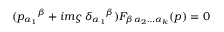
( p _ { \alpha _ { 1 } } { } ^ { \beta } + i m \varsigma \, \delta _ { \alpha _ { 1 } } { } ^ { \beta } ) F _ { \beta \alpha _ { 2 } \ldots \alpha _ { k } } ( p ) = 0